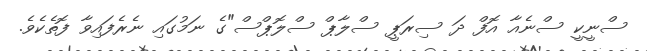
ސްނީކީ ސްނެއާ އޮފް ދަ ސިރަޕީ ސްލާޕް ސްލޮޕްސް"ގެ ނަމުގައި ނެރެފައިވާ ފޮތެކެވެ.